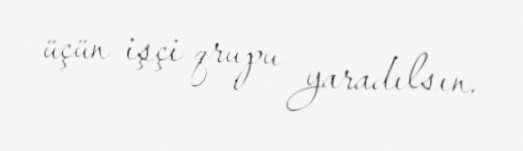
üçün işçi qrupu yaradılsın.